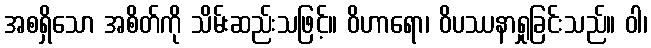
အစရှိသော အစိတ်ကို သိမ်းဆည်းသဖြင့်။ ဝိဟာရော၊ ဝိပဿနာရှုခြင်းသည်။ ဝါ၊